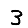
Digit: 3